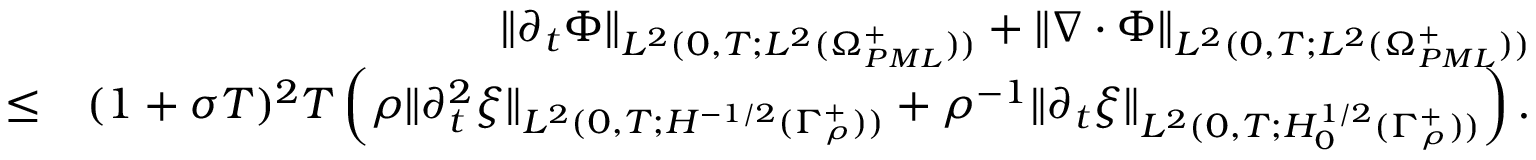
\begin{array} { r l r } & { } & { \| \partial _ { t } \Phi \| _ { L ^ { 2 } ( 0 , T ; L ^ { 2 } ( \Omega _ { P M L } ^ { + } ) ) } + \| \nabla \cdot \Phi \| _ { L ^ { 2 } ( 0 , T ; L ^ { 2 } ( \Omega _ { P M L } ^ { + } ) ) } } \\ & { \leq } & { ( 1 + \sigma T ) ^ { 2 } T \left( \rho \| \partial _ { t } ^ { 2 } \xi \| _ { L ^ { 2 } ( 0 , T ; H ^ { - 1 / 2 } ( \Gamma _ { \rho } ^ { + } ) ) } + \rho ^ { - 1 } \| \partial _ { t } \xi \| _ { L ^ { 2 } ( 0 , T ; H _ { 0 } ^ { 1 / 2 } ( \Gamma _ { \rho } ^ { + } ) ) } \right) . } \end{array}